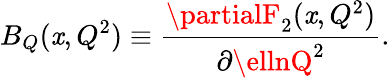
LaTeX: B_{Q}(\mathit{x},Q^{2})\equiv\frac{{\partialF_{2}(\mathit{x},Q^{2})}}{{\partial\ellnQ^{2}}}.